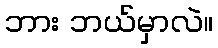
ဘား ဘယ်မှာလဲ။